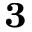
\bf _ 3